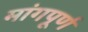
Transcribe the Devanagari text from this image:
मांगपूर्ण